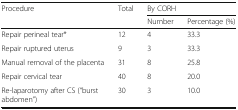
<table><thead><tr><td rowspan="2"><b>Procedure</b></td><td rowspan="2"><b>Total</b></td><td colspan="2"><b>By CORH</b></td></tr><tr><td><b>Number</b></td><td><b>Percentage (%)</b></td></tr></thead><tbody><tr><td>Repair perineal tear*</td><td>12</td><td>4</td><td>33.3</td></tr><tr><td>Repair ruptured uterus</td><td>9</td><td>3</td><td>33.3</td></tr><tr><td>Manual removal of the placenta</td><td>31</td><td>8</td><td>25.8</td></tr><tr><td>Repair cervical tear</td><td>40</td><td>8</td><td>20.0</td></tr><tr><td>Re-laparotomy after CS (“burst abdomen”)</td><td>30</td><td>3</td><td>10.0</td></tr></tbody></table>